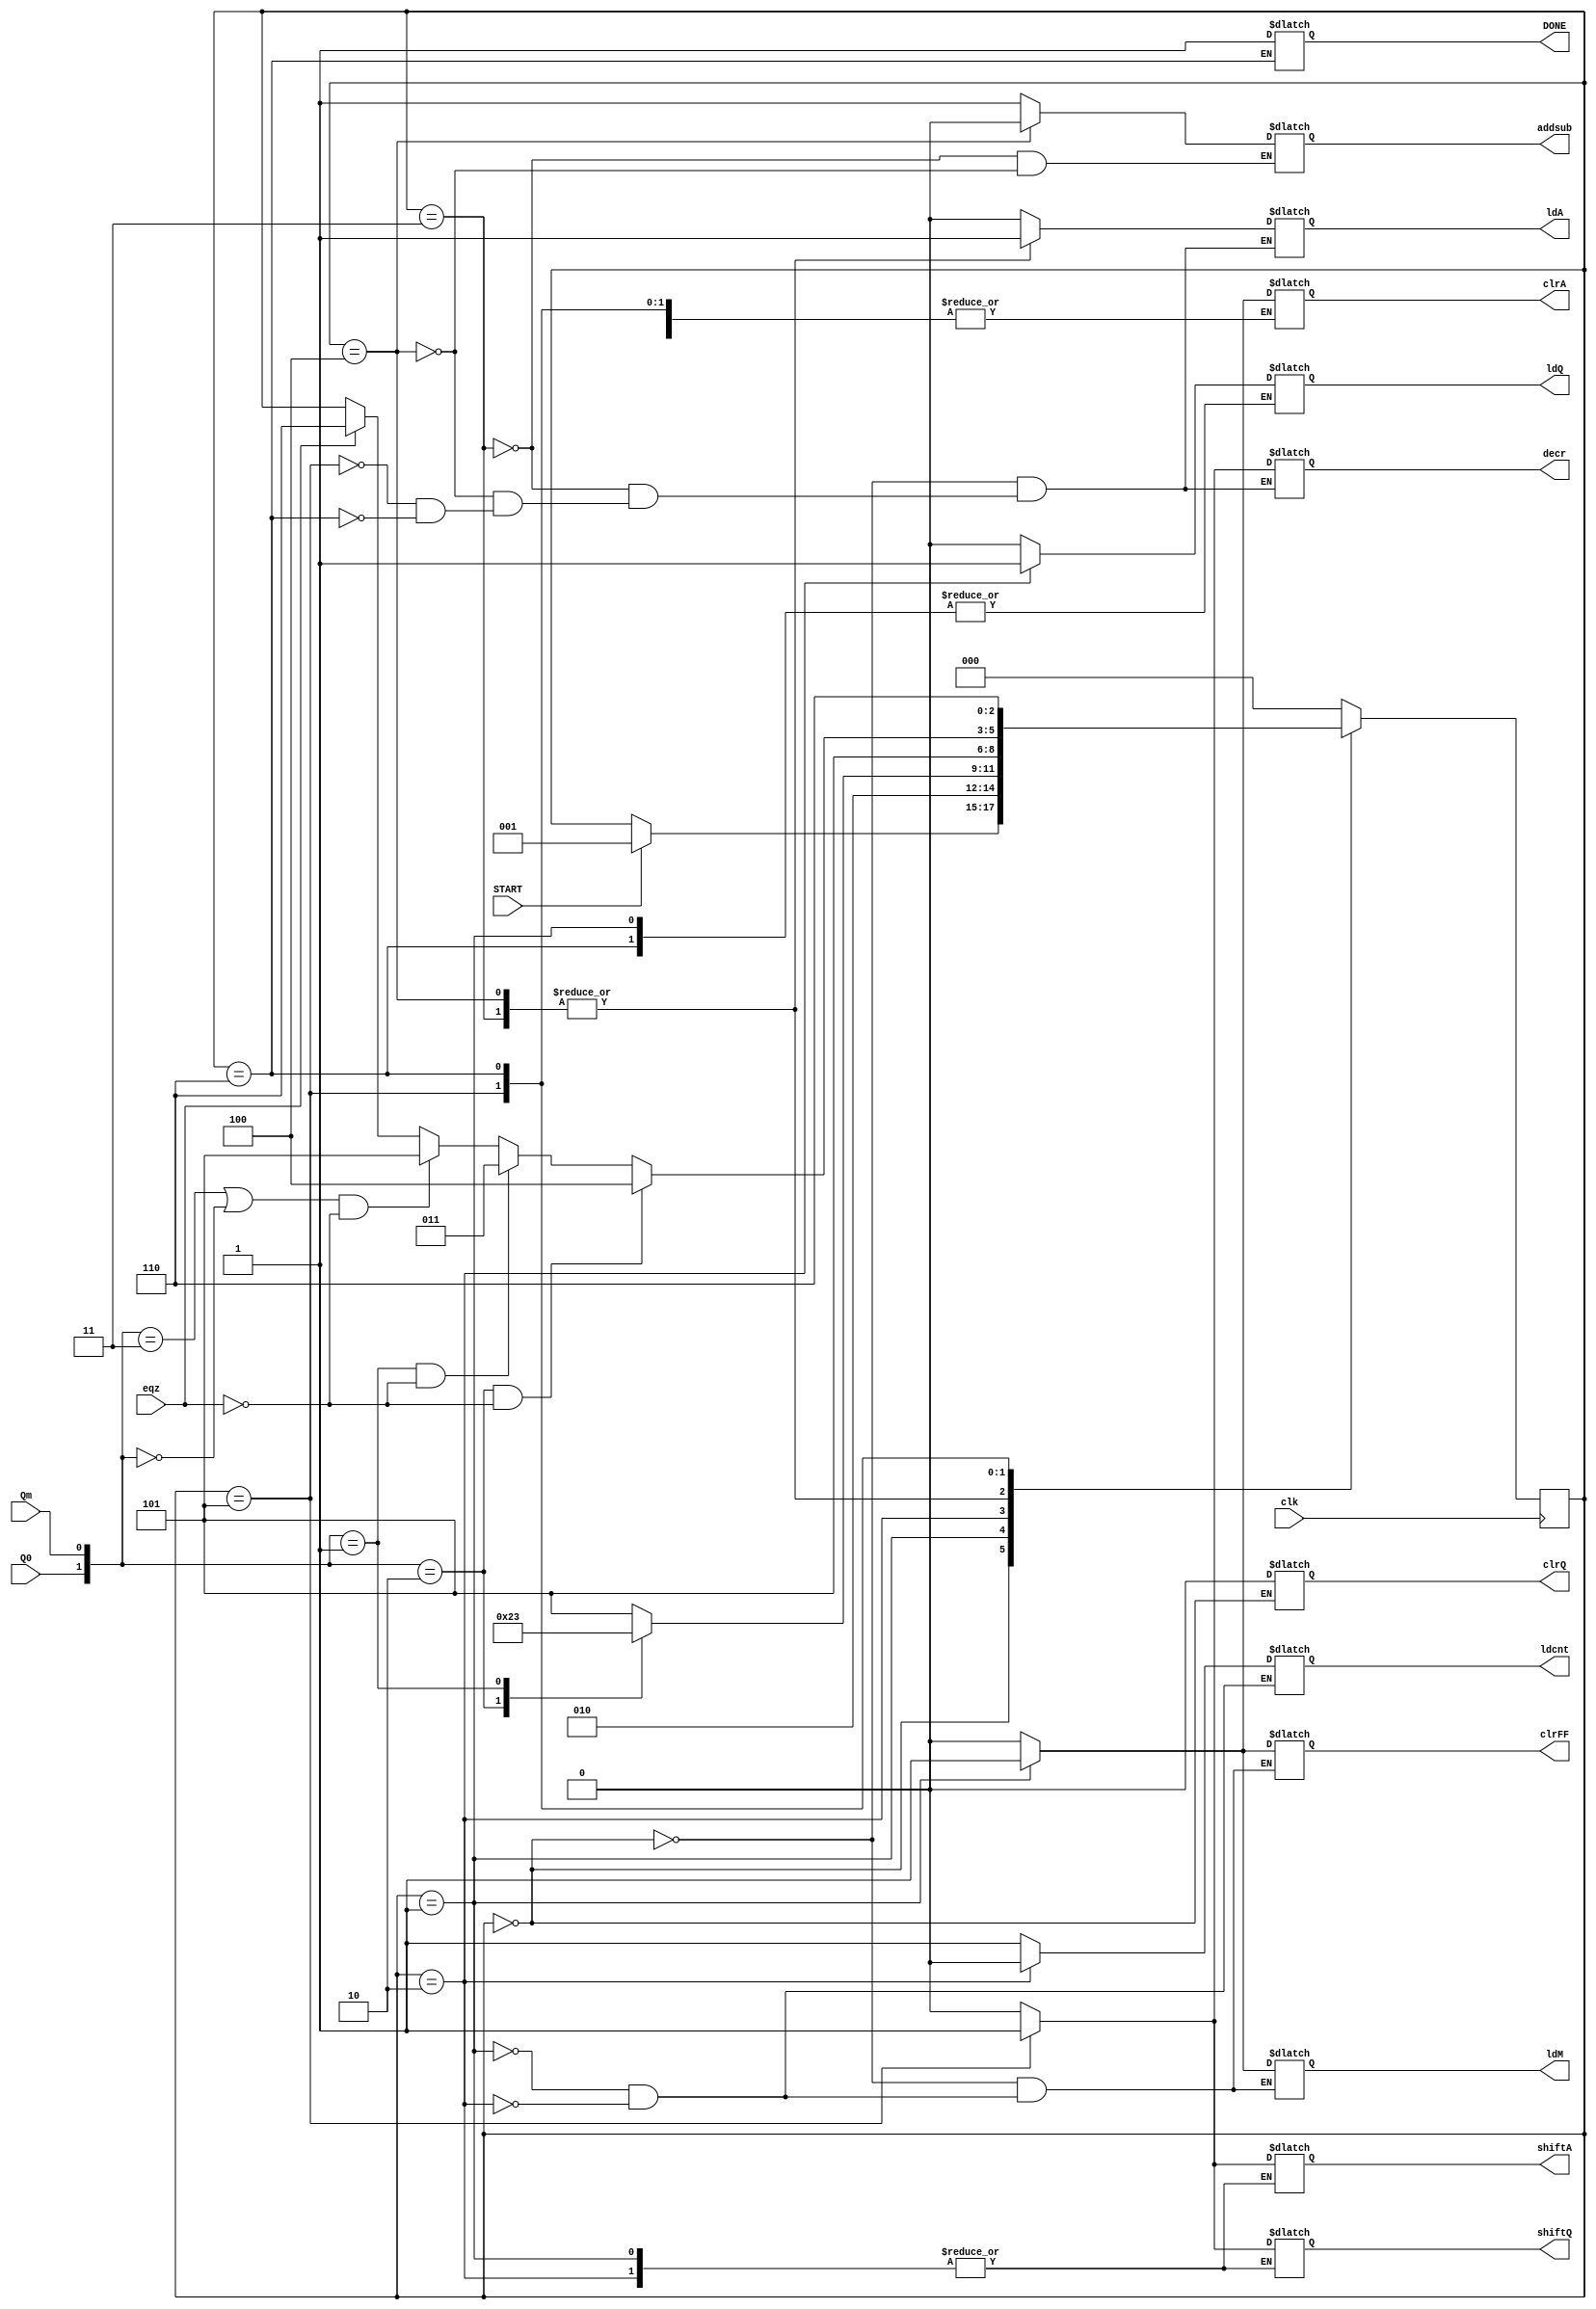
`timescale 1ns / 1ps
//////////////////////////////////////////////////////////////////////////////////
// Company: 
// Engineer: 
// 
// Design Name: 
// Module Name:    mul_controlpath 
// Project Name: 
// Target Devices: 
// Tool versions: 
// Description: 
//
// Dependencies: 
//
// Revision: 
// Revision 0.01 - File Created
// Additional Comments: 
//
//////////////////////////////////////////////////////////////////////////////////
module mul_controlpath(ldA,ldQ,DONE,ldcnt,decr,ldM,clrA,clrQ,clrFF,addsub,shiftA,shiftQ,Q0,Qm,eqz,clk,START);

	input Q0,Qm,clk,eqz,START;
	output reg ldA,ldQ,ldcnt,ldM,decr,addsub,DONE,clrA,clrQ,clrFF,shiftA,shiftQ;

	reg [2:0] state;

	parameter S0 = 3'b000,S1 = 3'b001, S2 = 3'b010, S3 = 3'b011, S4 = 3'b100, S5 = 3'b101,S6 = 3'b110,S7 = 3'b111;

	always @(posedge clk)

		begin
		
		case(state)
			
			
			S0 : if(START) state <= S1;
			S1 : state <= S2;
			S2 :  #2 begin
				  case({Q0,Qm})
				  
				  2'b10 : state <= S4;
				  2'b01 : state <= S3;
				  default : state <= S5;
				  endcase
				  
				  end
		   S3 : #2 state <= S5;
		   S4 :  #2 state <= S5;
		   S5 : #2 begin
				 if(({Q0,Qm} == 2'b10) && !eqz) state <= S4;
				 else if(({Q0,Qm} == 2'b01) && !eqz) state <= S3;
				 else if((({Q0,Qm} == 2'b11)||({Q0,Qm} == 2'b00)) && !eqz) state <= S5;
				 else if(eqz) state <= S6;
				 end
				 
		   S6 : state <= S6;
			
		   default : state <= S0;
			
		endcase
		
		end
		
	always @(state)
		
		begin
		
		case(state)
		
			S0 : begin
				  clrA = 0;
				  clrQ = 0;
				  clrFF = 0;
				  ldA = 0;
				  ldQ = 0;
				  ldM = 0;
				  decr = 0;
				  shiftA = 0;
				  shiftQ = 0;
				  end
				  
			S1 : begin
				  clrA = 1;
				  clrFF = 1;
				  ldM = 1;
				  ldcnt = 1;
				  end
				  
			S2 : begin
			     clrA = 0;
				  clrFF = 0;
				  ldM = 0;
				  ldcnt = 0;
				  ldQ = 1;
				  end
				  
			S3 : begin
				  addsub = 1;
				  ldA = 1;
				  ldQ = 0;
				  shiftA = 0;
				  shiftQ = 0;
				  decr = 0;
				  end
				  
			S4 : begin
				  addsub = 0;
				  ldA = 1;
				  ldQ = 0;
				  shiftA = 0;
				  shiftQ = 0;
				  decr = 0;
				  end
				  
			S5 : begin
				  ldA = 0;
				  ldQ = 0;
				  shiftA = 1;
				  shiftQ = 1;
				  decr = 1;
				  end
				  
			S6 : 	begin
					DONE  = 1;
					decr=0;
					shiftA=0;
					shiftQ=0;
					ldA=0;
					end
					
			
			default : begin
			          clrA = 0;
						 shiftA = 0;
						 ldQ = 0;
						 shiftQ = 0;
						 end
		endcase
		
		end
		
		
endmodule